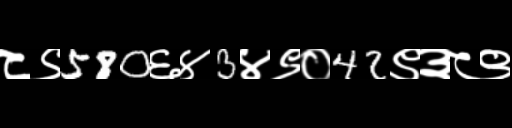
Text: ८९580६४3४९०42९३८९